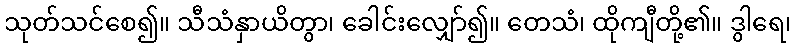
သုတ်သင်စေ၍။ သီသံနှာယိတွာ၊ ခေါင်းလျှော်၍။ တေသံ၊ ထိုကျီတို့၏။ ဒွါရေ၊